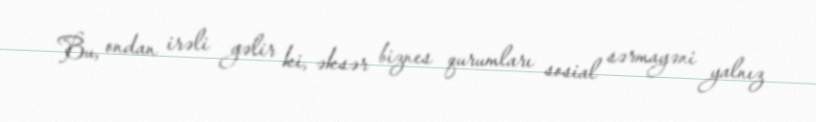
Bu, ondan irəli gəlir ki, əksər biznes qurumları sosial sərmayəni yalnız